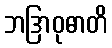
ဘဒြာဝုဓာတိ